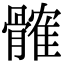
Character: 髉